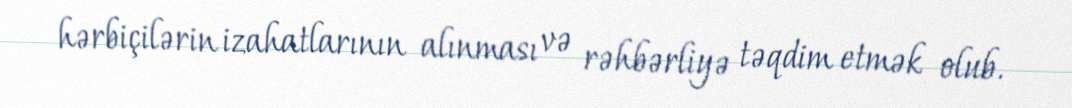
hərbiçilərin izahatlarının alınması və rəhbərliyə təqdim etmək olub.